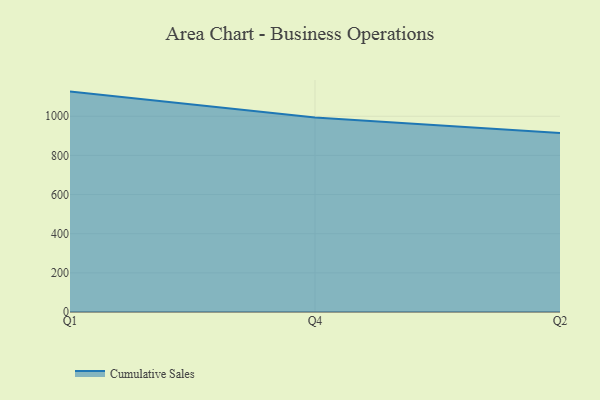
{"axis": {"x": "Quarter", "y": "Waste Production (Tons)"}, "legend": ["Cumulative Sales"], "data": [{"x": "Q1", "y": 1125.9, "type": "Cumulative Sales"}, {"x": "Q4", "y": 994.1, "type": "Cumulative Sales"}, {"x": "Q2", "y": 914.5, "type": "Cumulative Sales"}]}